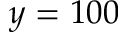
y = 1 0 0